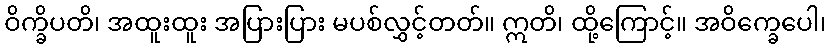
ဝိက္ခိပတိ၊ အထူးထူး အပြားပြား မပစ်လွှင့်တတ်။ ဣတိ၊ ထို့ကြောင့်။ အဝိက္ခေပေါ၊